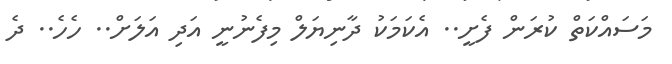
މަސައްކަތް ކުރަން ފެށީ.. އެކަމަކު ދާނިޔަލް މިފެނުނީ އަދި އަލަށް.. ހެހެ.. ދެ